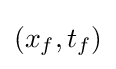
(x_{f},t_{f})